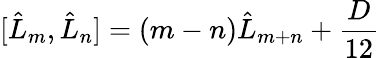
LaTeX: \lbrack\hat{L}_{m},\hat{L}_{n}]=(m-n)\hat{L}_{m+n}+\frac{D}{12}